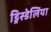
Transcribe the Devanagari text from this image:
ड्रिस्डेलिया